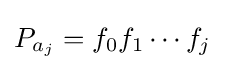
P_{a_{j}}=f_{0}f_{1}\cdots f_{j}